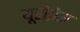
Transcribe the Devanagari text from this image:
यूरोप्रेस